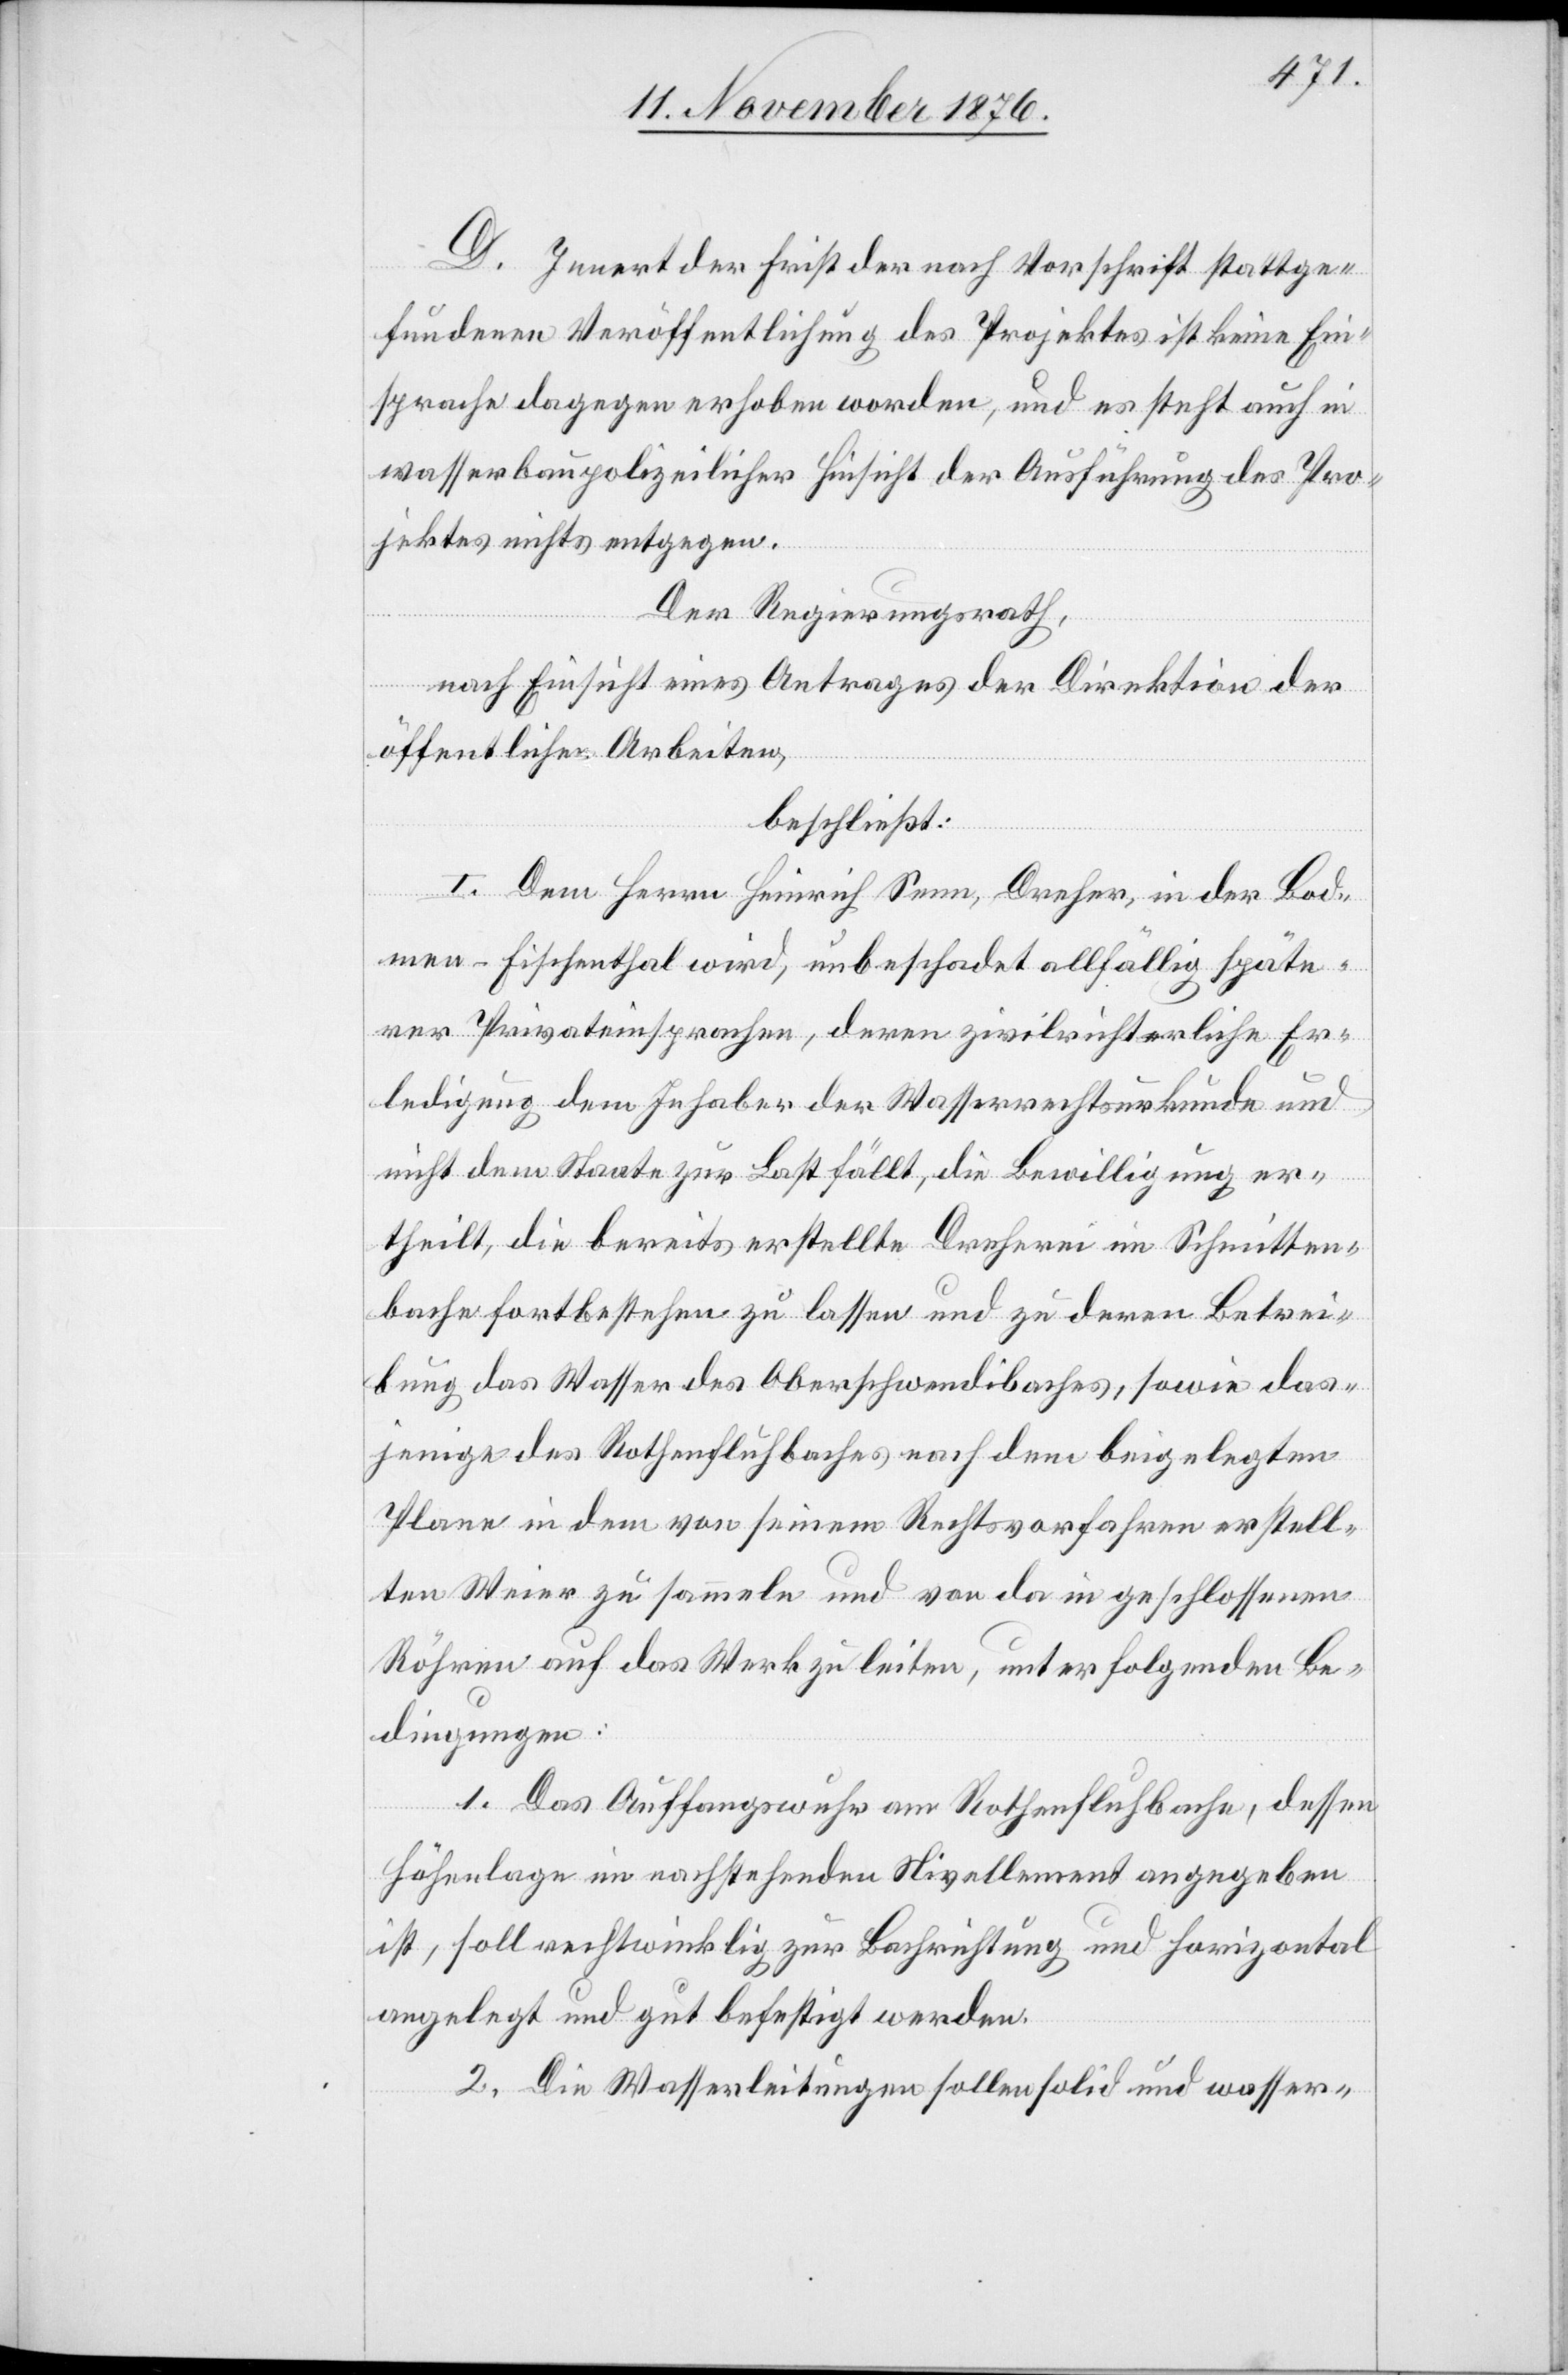
D. Innert der Frist der nach Vorschrift stattge¬
fundenen Veröffentlichung des Projektes ist keine Ein¬
sprache dagegen erhoben worden, und es steht auch in
wasserbaupolizeilicher Hinsicht der Ausführung des Pro¬
jektes nichts entgegen.
Der Regierungsrath,
nach Einsicht eines Antrages der Direktion der
öffentlichen Arbeiten,
beschließt:
I. Dem Herrn Heinrich Senn, Dreher, in der Bod¬
men - Fischenthal wird, unbeschadet allfällig späte¬
rer Privateinsprachen, deren zivilrichterliche Er¬
ledigung dem Inhaber der Wasserrechtsurkunde und
nicht dem Staate zur Last fällt, die Bewilligung er¬
theilt, die bereits erstellte Dreherei im Schmitten¬
bache fortbestehen zu lassen und deren Betrei¬
bung das Wasser des Oberschwendibaches, sowie das¬
jenige des Rothenfluhbaches nach dem beigelegten
Plane in dem von seinem Rechtsvorfahren erstell¬
ten Weier zu sammeln und von da in geschlossenen
Röhren auf das Werk zu leiten, unter folgenden Be¬
dingungen:
1. Das Auffangswuhr am Rothenfluhbache, dessen
Höhenlage im nachstehenden Nivellement angegeben
ist, soll rechtwinklig zur Beschriftung und horizontal
angelegt und gut befestigt werden.
2. Die Wasserleitungen sollen solid und wasser-